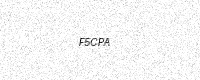
Text: F5CPA